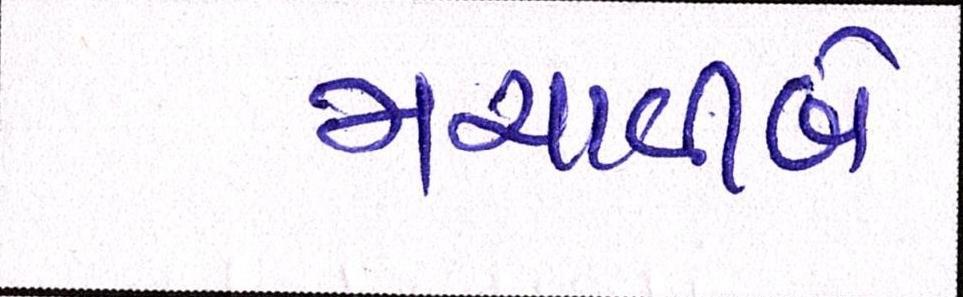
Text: મચાવીબે